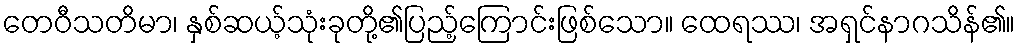
တေဝီသတိမာ၊ နှစ်ဆယ့်သုံးခုတို့၏ပြည့်ကြောင်းဖြစ်သော။ ထေရဿ၊ အရှင်နာဂသိန်၏။